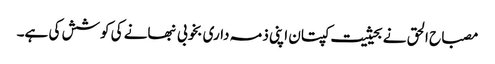
مصباح الحق نے بحیثیت کپتان اپنی ذمہ داری بخوبی نبھانے کی کوشش کی ہے۔